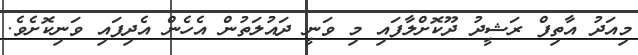
މިއަދު އާތިފް ރަޝީދު ދޫކޮށްލާފައި މި ވަނީ ދައުލަތުން އެހެން އެދިފައި ވަނިކޮށެވެ.